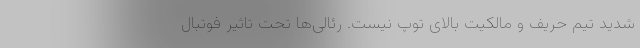
شدید تیم حریف و مالکیت بالای توپ نیست. رئالی‌ها تحت تاثیر فوتبال